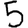
Digit: 5